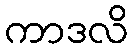
ကာဒလိ